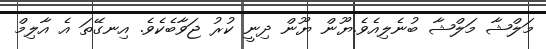
މަލްޝާ މަލްޝާ ބުނެލިއެވެ.ޔޫން ޔޫން ދިނީ ކުރު ޖަވާބެކެވެ. އިނގޭތަ އެ އާލިމް